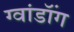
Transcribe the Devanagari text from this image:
ग्वांडॉंग